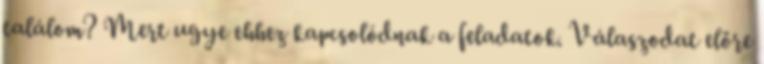
találom? Mert ugye ehhez kapcsolódnak a feladatok. Válaszodat előre